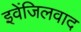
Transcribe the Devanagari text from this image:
इवेंजिलवाद